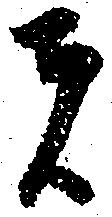
者